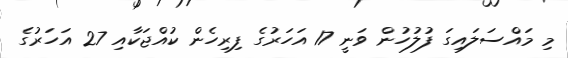
މި މައްސަލައިގަ ފުލުހުން ވަނީ 17 އަހަރުގެ ފިރިހެން ކުއްޖަކާއި 27 އަހަރުގެ